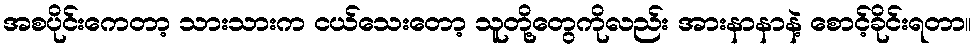
အစပိုင်းကေတာ့ သားသားက ငယ်သေးတော့ သူတို့တွေကိုလည်း အားနာနာနဲ့ စောင့်ခိုင်းရတာ။